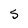
Character: 5